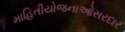
માહિતીયોજનાઓસરદાર